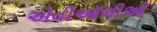
એવીઑલીઓ